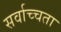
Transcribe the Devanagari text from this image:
सर्वाच्चता